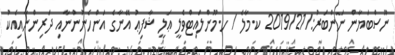
ނޫސްބަޔާން ނަންބަރު:/2019/21 ކ.މާލެ / ހ.މޫންލައިޓްވެލީ ޢަލީ ޝާފިޢު އޭނާގެ އަންހެނުންނާއި ދަރިންނާއިއެކު